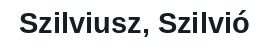
Szilviusz, Szilvió